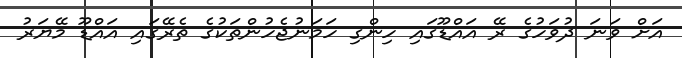
އަށް ވަނަ ދުވަހުގެ ރޭ އައްޑޫގައި ހިންގި ހަމަނުޖެހުންތަކުގެ ތެރޭގައި އައްޑޫ މޭޔަރު